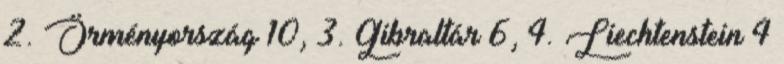
2. Örményország 10, 3. Gibraltár 6, 4. Liechtenstein 4